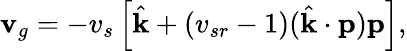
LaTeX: \textbf{v}_{g}=-v_{s}\left[\hat{\textbf{k}}+(v_{sr}-1)(\hat{\textbf{k}}\cdot\textbf{p})\textbf{p}\right],